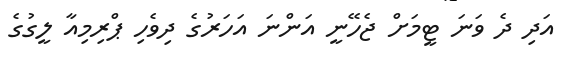
އަދި ދެ ވަނަ ޓީމަށް ޖެހޭނީ އަންނަ އަހަރުގެ ދިވެހި ޕްރިމިއާ ލީގުގެ